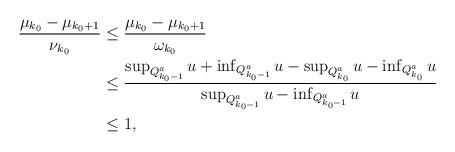
\begin{align*} \begin{aligned} \frac{\mu_{k_0}-\mu_{k_0+1}}{\nu_{k_0}}&\leq \frac{\mu_{k_0}-\mu_{k_0+1}}{\omega_{k_0}}\\ &\leq \frac{\sup_{Q_{k_0-1}^a}u+\inf_{Q_{k_0-1}^a}u-\sup_{Q_{k_0}^a}u-\inf_{Q_{k_0}^a}u}{\sup_{Q_{k_0-1}^a}u-\inf_{Q_{k_0-1}^a}u}\\ &\leq 1,\\ \end{aligned} \end{align*}